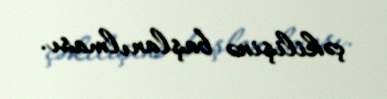
çəkilişinə başlanılması.